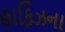
હાફિઝના